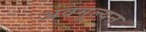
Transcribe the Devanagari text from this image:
अवमूल्‍यन